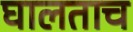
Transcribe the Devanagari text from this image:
घालताच